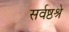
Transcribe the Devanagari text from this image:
सर्वष्ठश्रे